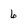
Character: 6